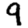
Digit: 9